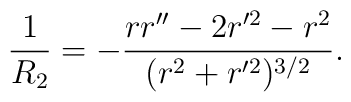
\frac{1}{R_{2}} = - \frac{r r'' - 2 r'^{2}  - r^2}{(r^2 + r'^{2})^{3/2}}. \nonumber